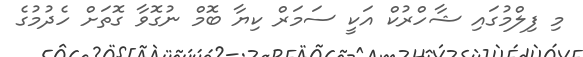
މި ފިލްމުގައި ޝާހްރުކް އަކީ ސަމަރް ކިޔާ ބޮމް ނުގޮވާ ގޮތަށް ހެދުމުގެ